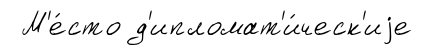
М'е́сто д'ипломат'и́ческ'иjе